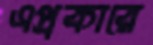
এপ্রকারে